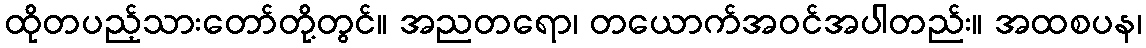
ထိုတပည့်သားတော်တို့တွင်။ အညတရော၊ တယောက်အဝင်အပါတည်း။ အထစပန၊